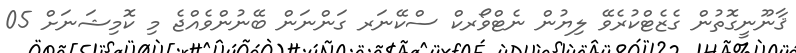
ޤާނޫނީގޮތުން ގެޒެޓްކުރެވޭ ލިޔުން ނެޓްވޯރކް ސްކޭނަރ ގަންނަން ބޭނުންވެއްޖެ މި ކޮމިޝަނަށް 05